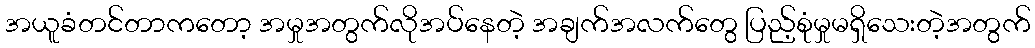
အယူခံတင်တာကတော့ အမှုအတွက်လိုအပ်နေတဲ့ အချက်အလက်တွေ ပြည့်စုံမှုမရှိသေးတဲ့အတွက်